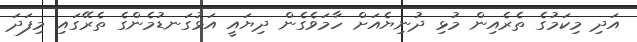
އަދި މިކަމުގެ ތެރެއިން މުޅި ދުނިޔެއަށް ހާމަވެގެން ދިޔައީ އަޅުގަނޑުމެންގެ ތެރޭގައި މިފަދަ